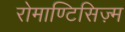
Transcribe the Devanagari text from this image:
रोमाण्टिसिज़्म